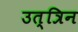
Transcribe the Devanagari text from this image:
उत्त्रिन